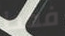
فقط